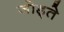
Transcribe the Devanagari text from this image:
जोड्ते